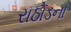
રાઠોડના